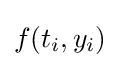
f(t_{i},y_{i})